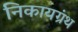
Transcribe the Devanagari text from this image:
निकायग्रंथ